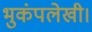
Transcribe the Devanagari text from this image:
भुकंपलेखी।